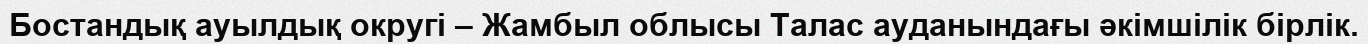
Бостандық ауылдық округі – Жамбыл облысы Талас ауданындағы әкімшілік бірлік.